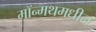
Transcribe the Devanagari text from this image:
मॉन्मथमधील